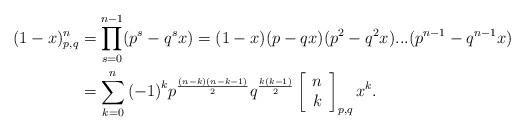
LaTeX: \begin{align*}(1-x)^{n}_{p,q}&=\prod\limits_{s=0}^{n-1}(p^s-q^{s}x) =(1-x)(p-qx)(p^{2}-q^{2}x)...(p^{n-1}-q^{n-1}x)\\&=\sum\limits_{k=0}^{n} {(-1)}^{k}p^{\frac{(n-k)(n-k-1)}{2}} q^{\frac{k(k-1)}{2}}\left[\begin{array}{c}n \\k\end{array}\right] _{p,q}x^{k}.\end{align*}